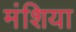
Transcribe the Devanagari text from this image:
मंशिया